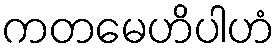
ကတမေဟိပါဟံ